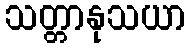
သတ္တာနုသယာ